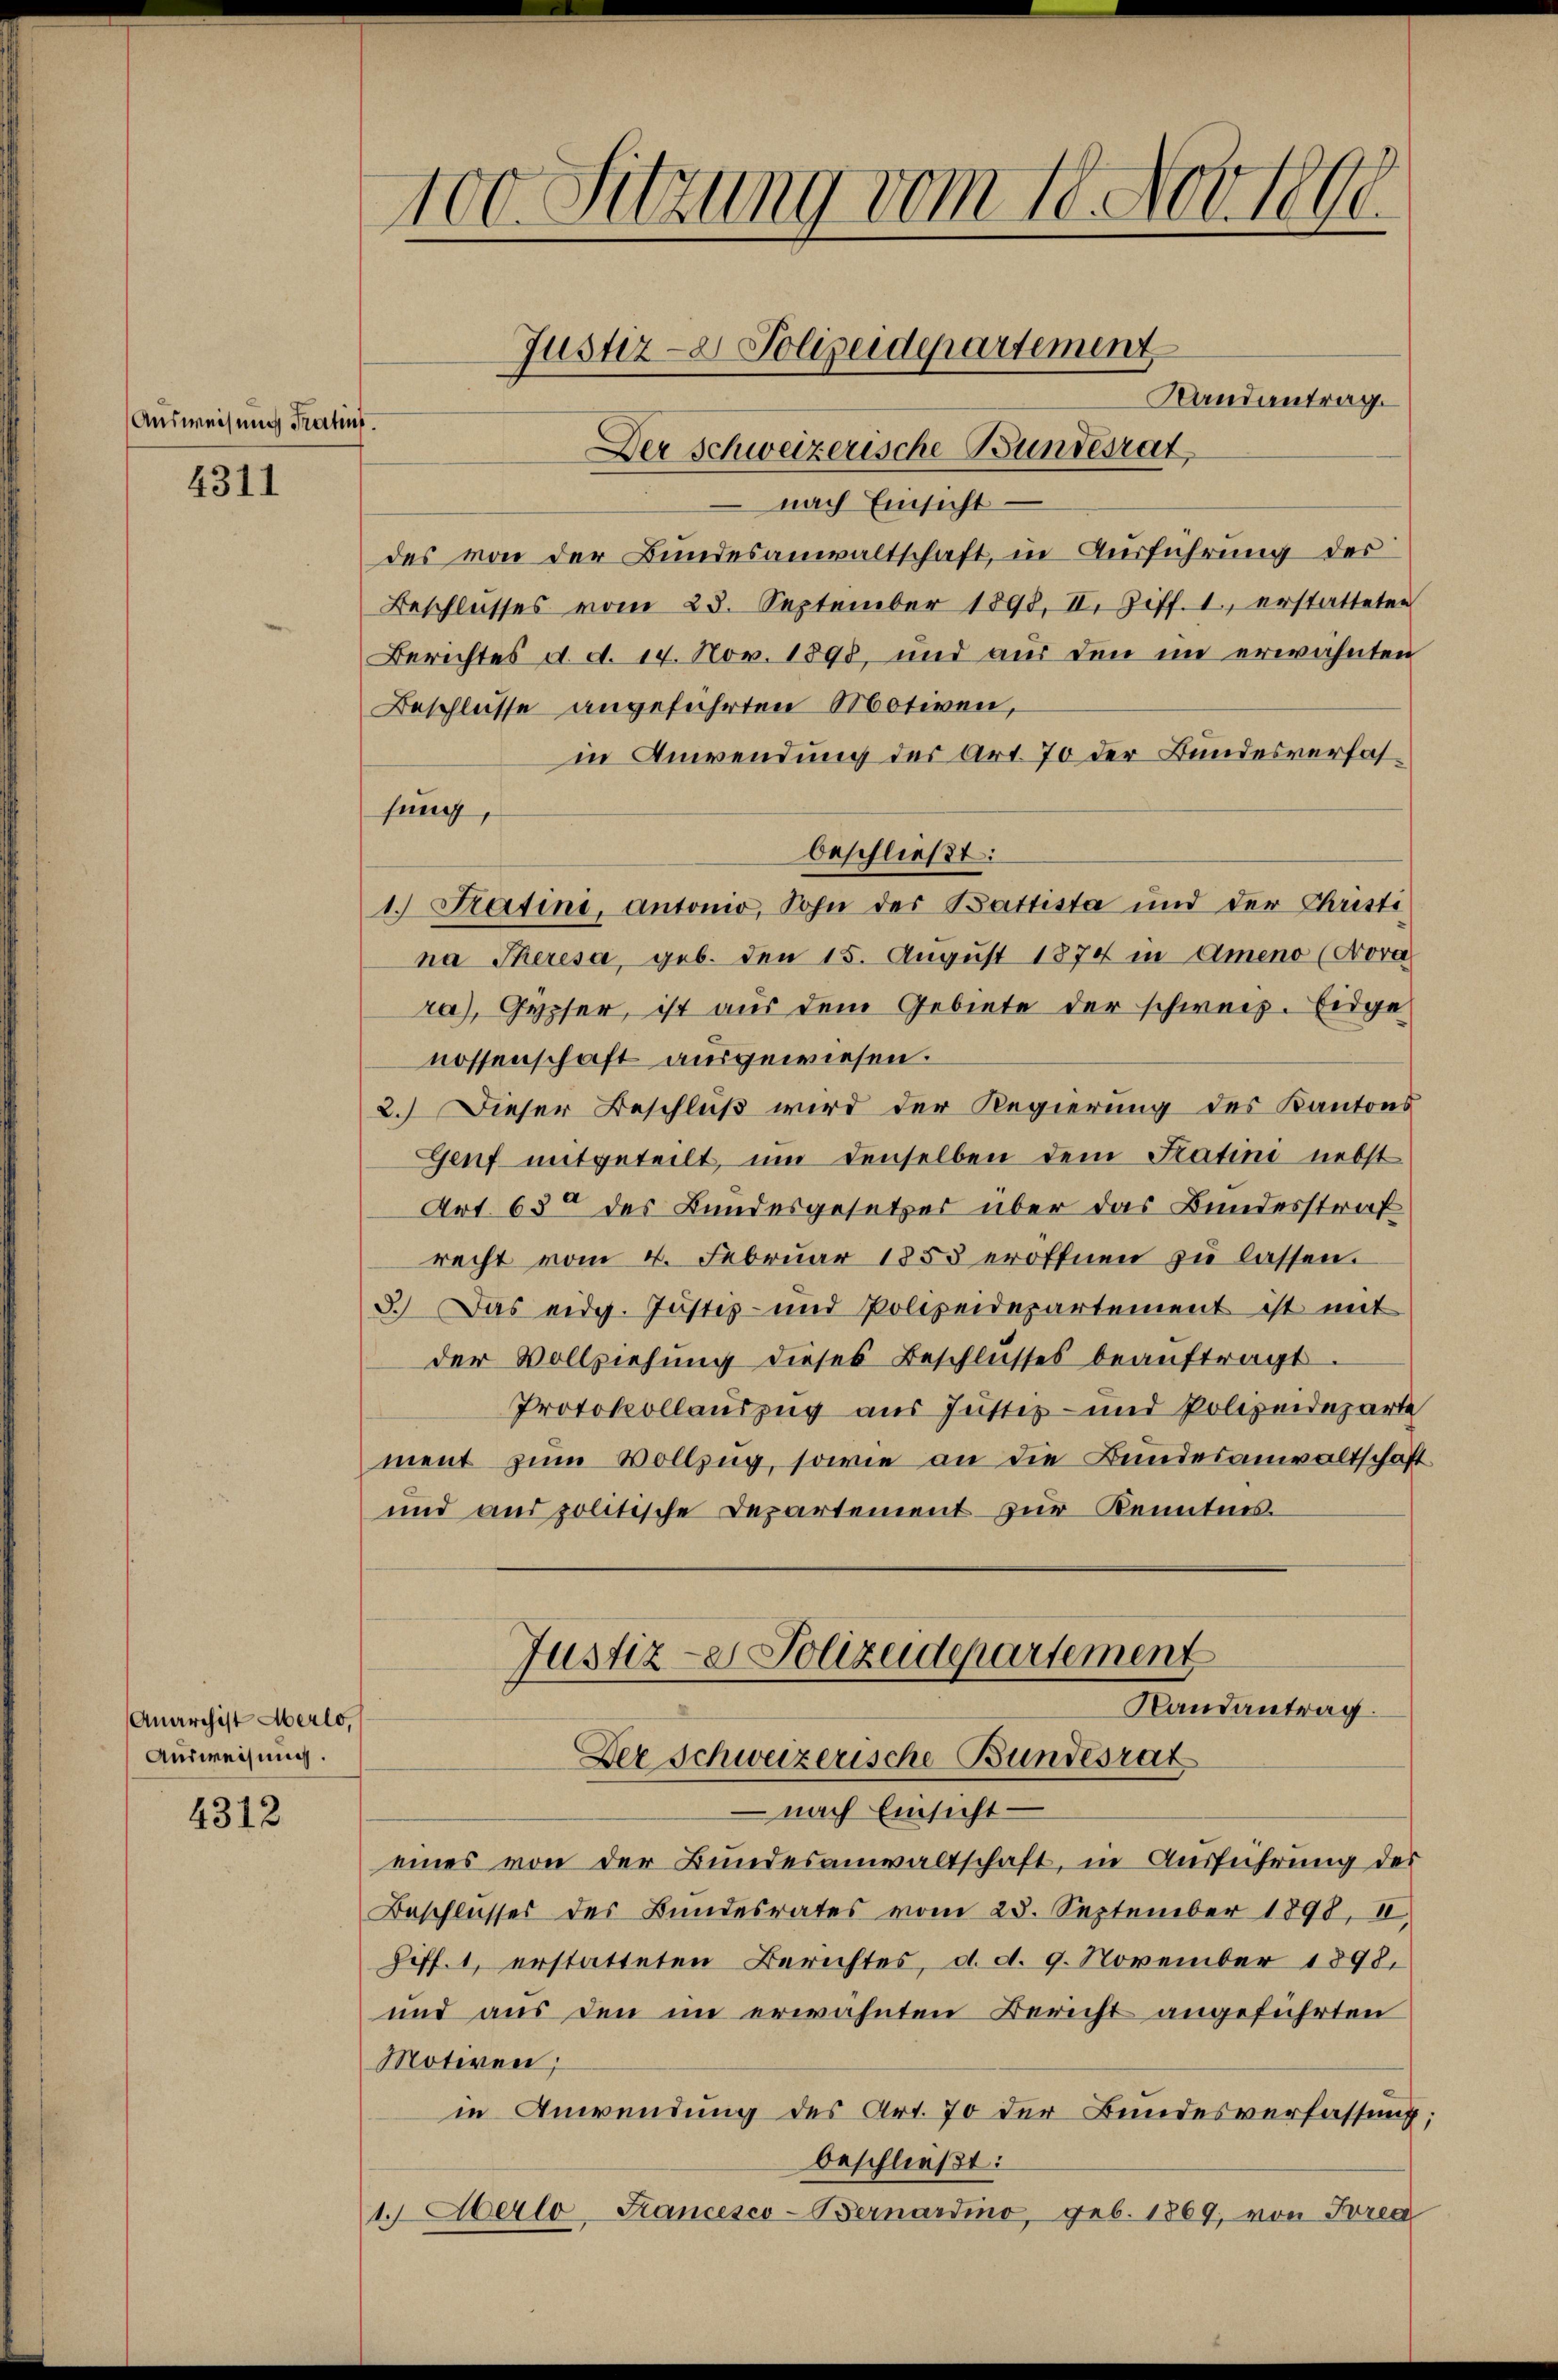
Ausweisung Tractens.

4311

Anarchist Merlo,
Ausweisung.

4312

nach Einsicht –
des von der Bundesanwaltschaft, in Ausführung des
Beschlusses vom 23. September 1898, II. Ziff. I, erstatteten
Berichtes d. d. 14. Nov. 1898, und aus den im erwähnten
Beschlusse angeführten Motiven,
in Anwendung des Art. 70 der Bundesverfassung,
1. Patini, Antonio, Sohn des Battista und der Christi
na Theresa, geb. den 15. August 1874 in Ameno (Nora
ra), Gypher, ist aus dem Gebiete der schweiz. Eidge
nossenschaft ausgewiesen.
2.) Dieser Beschluß wird der Regierung des Kantons
Genf mitgeteilt, um denselben dem Satine nebst
Art. 63 des Bundesgesetzes über das Bundesstraf
recht vom 4. Februar 1853 eröffnen zu lassen.
3.) Das eidg. Justiz- und Polizeidepartement ist mit
der Vollziehung dieses Beschlusses beaŭftragt
Protokollauszug aus Justiz- und Polizeideparte
ment zum Vollzug, sowie an die Bundesanwaltschaft
und aus politische Departement zur Kenntnis.

100. Setzung vom 18. Nov. 1800.
Justiz- & Polizeidepartement
Randantrag.
Der Schweizerische Bundesrat

beschließt:

Justiz- & Polizeidepartement
Randantrag.
Der Schweizerische Bundesrat

nach Einsicht –
eines von der Bundesanwaltschaft, in Ausführung des
Beschlusses des Bundesrates vom 23. September 1890, II.
Ziff. 1, erstatteten Berichtes, d. d. 9. November 1898.
und aus den im erwähnten Bericht angeführten
Motiven,
in Anwendung des Art. 70 der Bundesverfassung;
beschließt:
1. Aberlo Sancesco-Bernardino, geb. 1869, von Forea